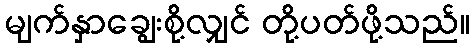
မျက်နှာချွေးစို့လျှင် တို့ပတ်ဖို့သည်။